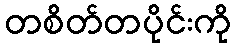
တစိတ်တပိုင်းကို